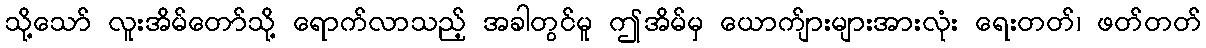
သို့သော် လူးအိမ်တော်သို့ ရောက်လာသည့် အခါတွင်မူ ဤအိမ်မှ ယောက်ျားများအားလုံး ရေးတတ်၊ ဖတ်တတ်